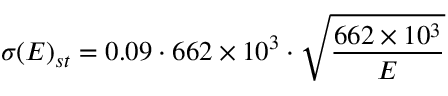
\sigma ( E ) _ { s t } = 0 . 0 9 \cdot 6 6 2 \times 1 0 ^ { 3 } \cdot \sqrt { \frac { 6 6 2 \times 1 0 ^ { 3 } } { E } }